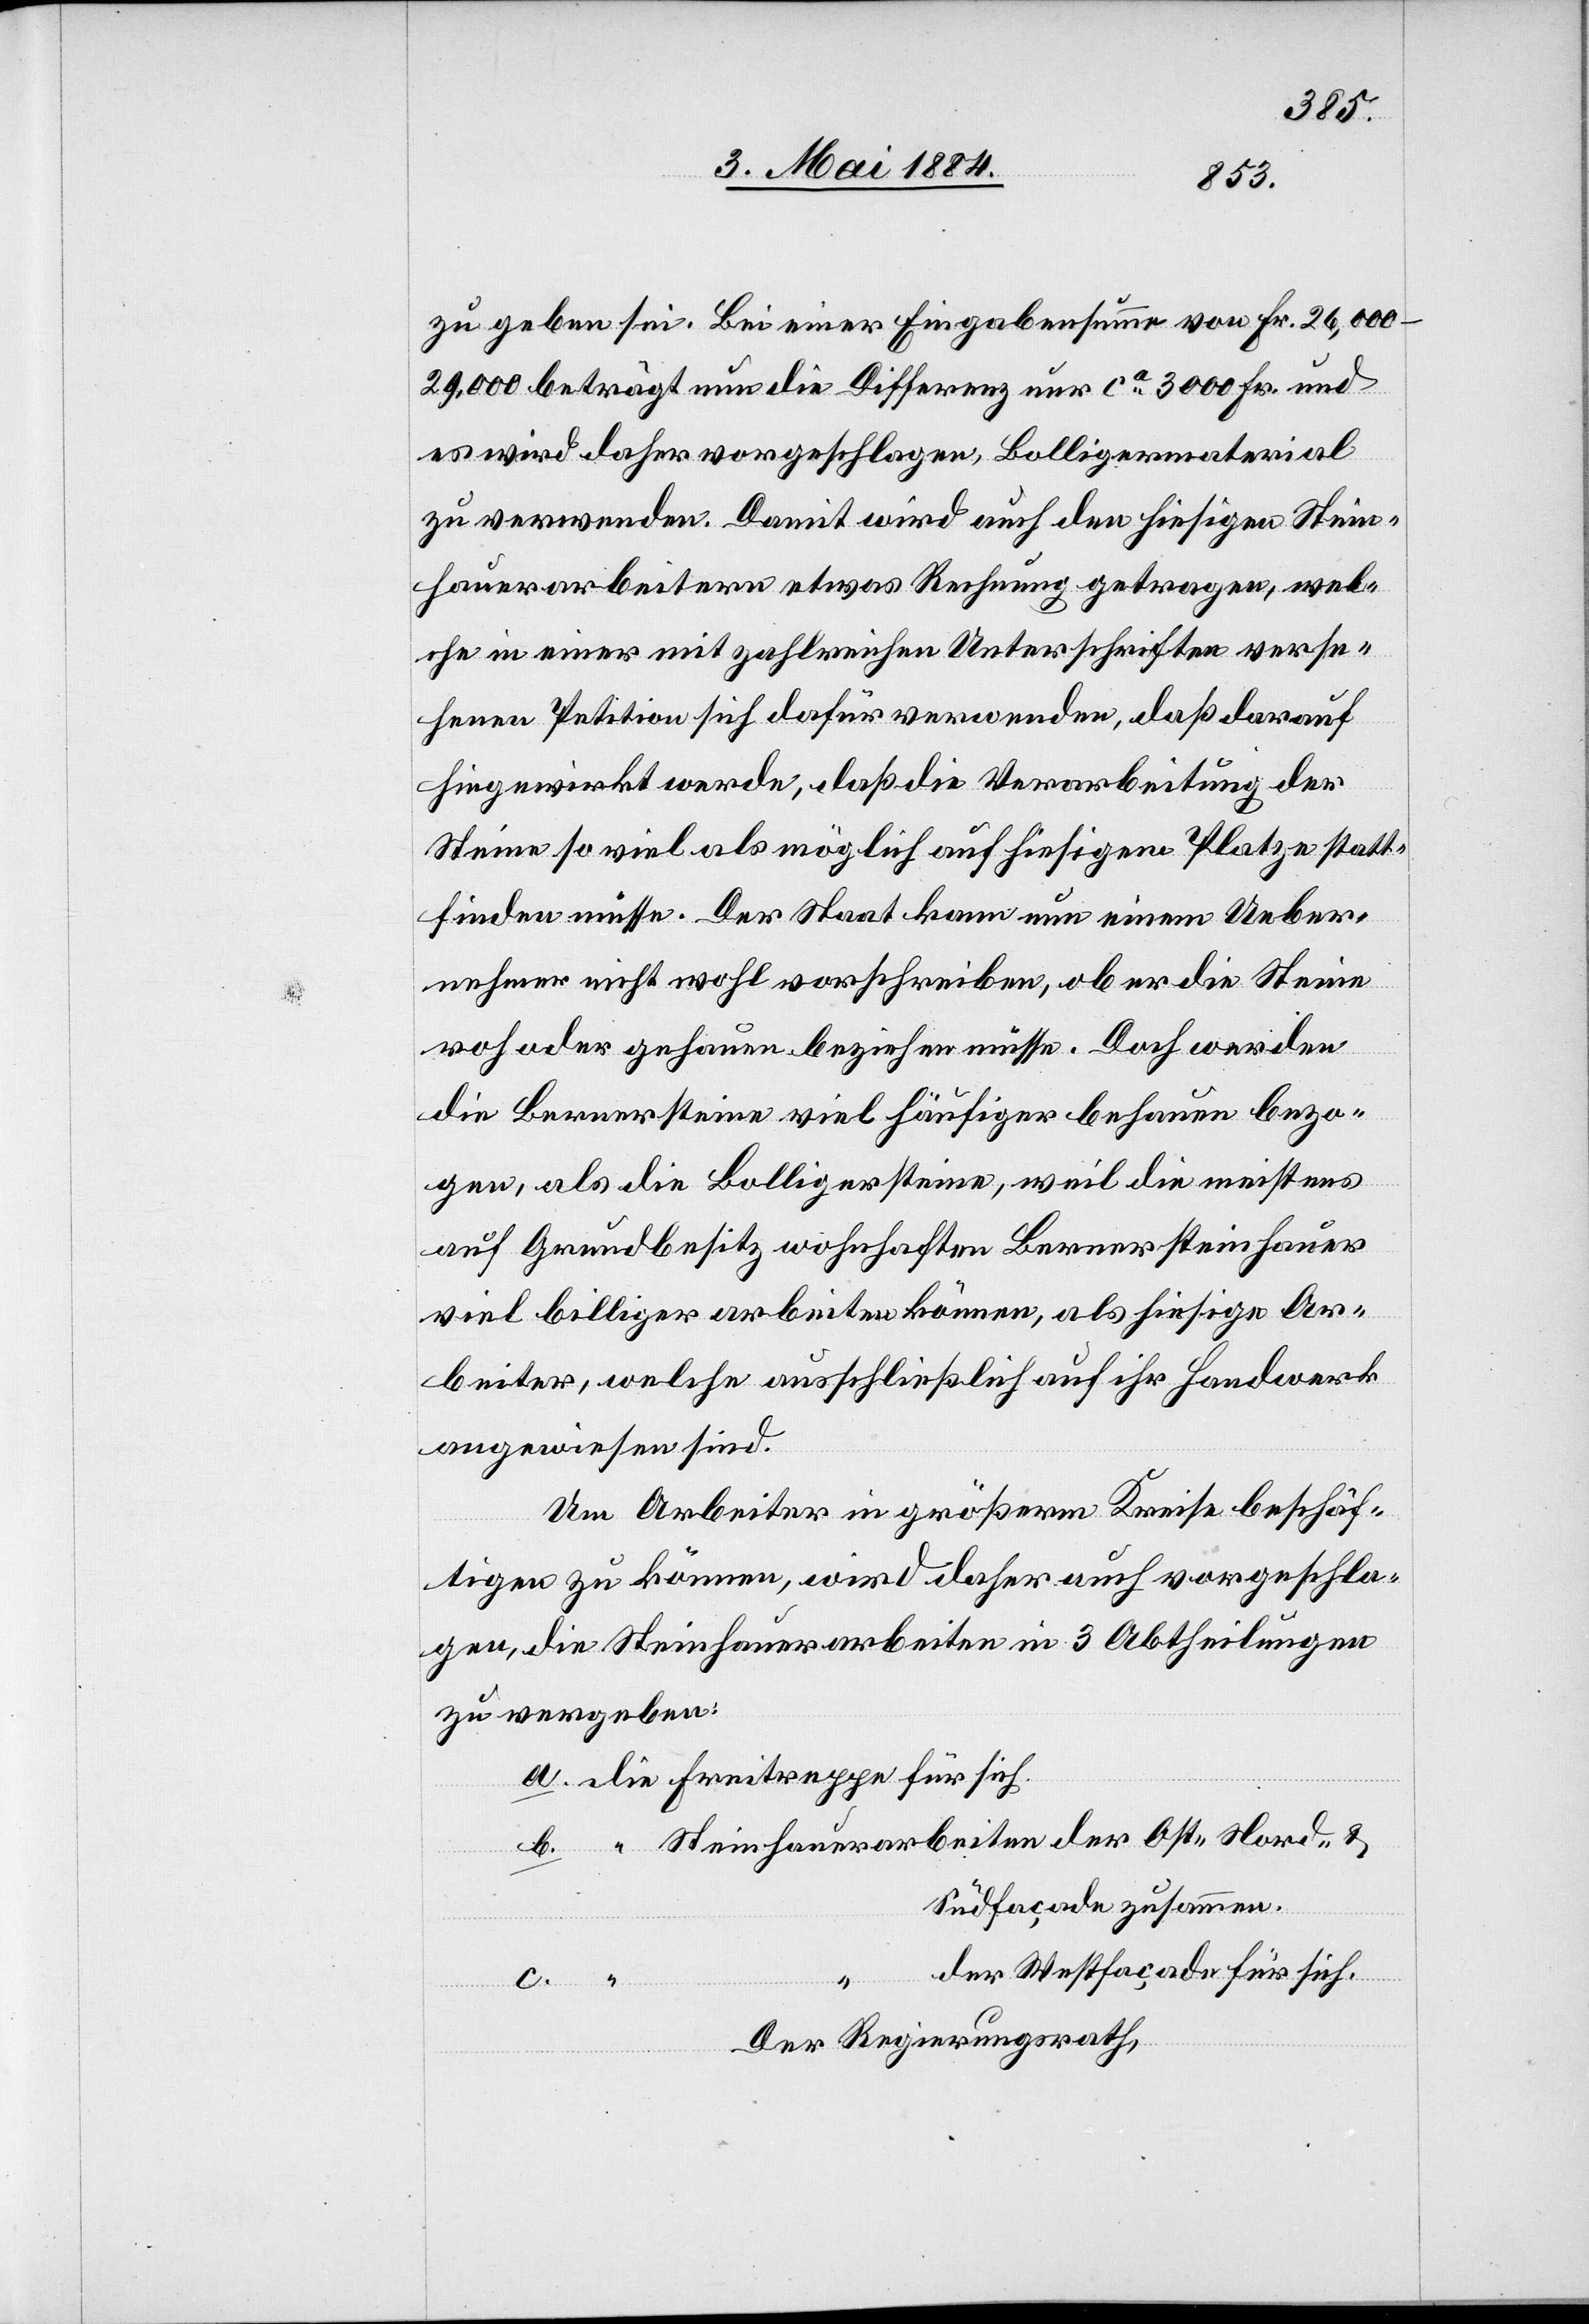
zu geben sei. Bei einer Eingabensumme von Fr. 26,000–29,000
beträgt nun die Differenz nur ca 3000 Fr. und
es wird daher vorgeschlagen, Bolligermaterial
zu verwenden. Damit wird auch den hiesigen Stein¬
hauerarbeitern etwas Rechnung getragen, wel¬
che in einer mit zahlreichen Unterschriften verse¬
henen Petition sich dafür verwenden, daß darauf
hingewirkt werde, daß die Verarbeitung der
Steine so viel als möglich auf hiesigem Platze statt¬
finden müsse. Der Staat kann nun einem Ueber¬
nehmer nicht wohl vorschreiben, ob er die Steine
roh oder gehauen beziehen müsse. Doch werden
die Bernersteine viel häufiger behauen bezo¬
gen, als die Bolligersteine, weil die meistens
auf Grundbesitz wohnhaften Bernersteinhauer
viel billiger arbeiten können, als hiesige Ar¬
beiter, welche ausschließlich auf ihr Handwerk
angewiesen sind.
Um Arbeiter in größerm Kreise beschäf¬
tigen zu können, wird daher auch vorgeschla¬
gen, die Steinhauerarbeiten in 3 Abtheilungen
zu vergeben:
Südfaçaden zusammen.
der Westfaçade für sich.
Der Regierungsrath,